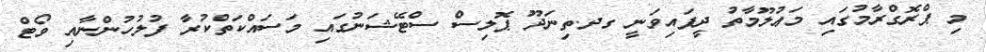
މި ޕްރޮގްރާމުގައި މަޢުލޫމާތު ދީފައިވަނީ ގދ.ތިނަދޫ ޕޮލިސް ސްޓޭޝަނުގައި މަސައްކަތްކުރާ ފުލުހުންނާއި ވޯޓް